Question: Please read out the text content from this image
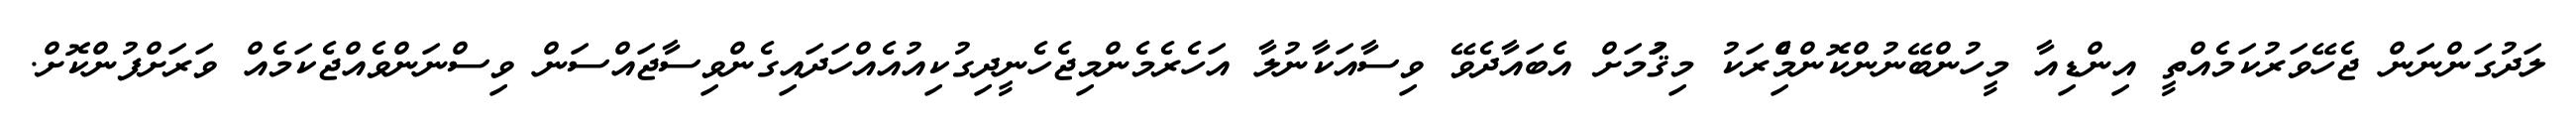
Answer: ލަދުގަންނަން ޖެހޭވަރުކަމެއްތީ އިންޑިއާ މީހުންބޭނުންކޮންމެްިރަކު މިޤަުމަށް އެބައާދެވޭ ވިސާއަކާނުލާ އަހެރެމެންމިޖެހެނީދިގުކިއުއެއްހަދައިގެންވިސާޖައްސަން ވިސްނަންވެއްޖެކަމެއް ވަރަށްފުންކޮށް.